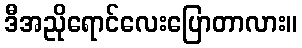
ဒီအညိုရောင်လေးပြောတာလား။